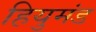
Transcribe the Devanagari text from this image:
हियुमंड